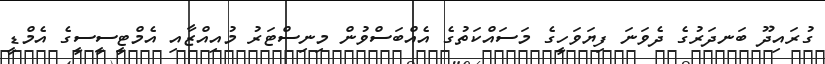
ގުރައިދޫ ބަނދަރުގެ ދެވަނަ ފިޔަވަހީގެ މަސައްކަތުގެ އެއްބަސްވުން މިނިސްޓަރު މުއިއްޒާއި އެމްޓީސީސީގެ އެމްޑީ